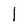
Character: l